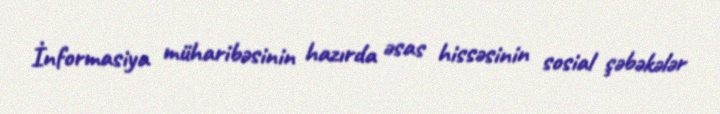
İnformasiya müharibəsinin hazırda əsas hissəsinin sosial şəbəkələr